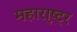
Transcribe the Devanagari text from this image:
महारा़्ष्ट्र